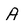
Character: A